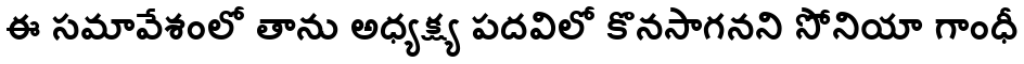
ఈ సమావేశంలో తాను అధ్యక్ష్య పదవిలో కొనసాగనని సోనియా గాంధీ